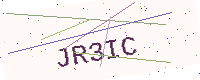
Text: JR3IC